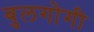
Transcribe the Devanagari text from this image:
बुलगोगी